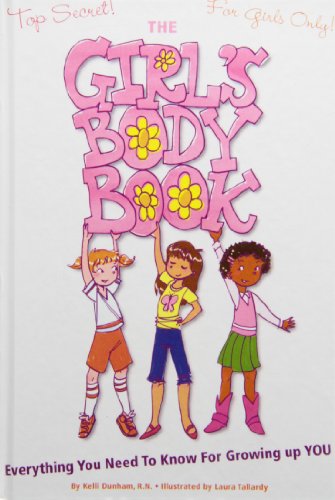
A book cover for The Girl's Body Book: Everything You Need to Know for Growing Up You; Kelli Dunham; Teen & Young Adult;